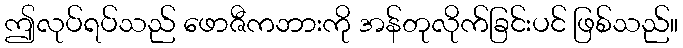
ဤလုပ်ရပ်သည် ဖောဇီကဘားကို အန်တုလိုက်ခြင်းပင် ဖြစ်သည်။